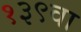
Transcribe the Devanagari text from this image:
१३९वा